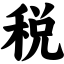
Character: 税